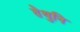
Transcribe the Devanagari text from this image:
तेथुनि